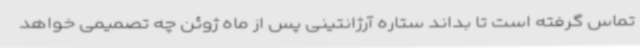
تماس گرفته است تا بداند ستاره آرژانتینی پس از ماه ژوئن چه تصمیمی خواهد